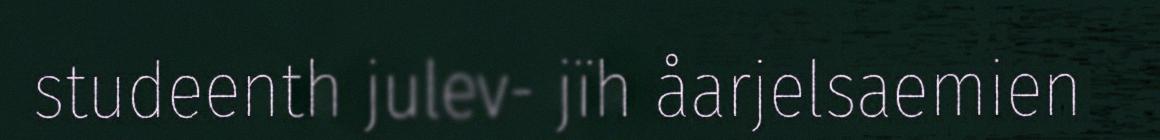
studeenth julev- jïh åarjelsaemien